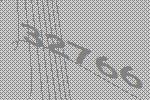
32766